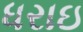
ધરાઇ